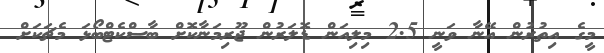
މީގެ އިތުރުން އޭނާ ވަނީ 2.5 މިލިއަން ޑޮލަރުން ޖޫރިމަނާކޮށް ބާސްކެޓްބޯޅަ މެޗަކަށް